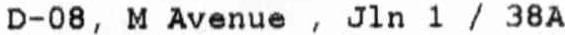
D-08, M AVENUE , JLN 1 / 38A